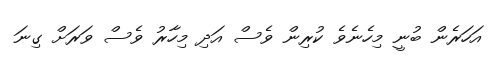
އަހަރެން ބުނީ މިހެނެވެ ކުރިން ވެސް އަދި މިހާރު ވެސް ވަރަށް ގިނަ